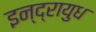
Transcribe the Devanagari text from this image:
इन्द्रायुध